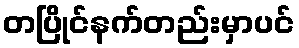
တပြိုင်နက်တည်းမှာပင်